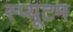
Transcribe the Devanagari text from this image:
स्प्यूटम